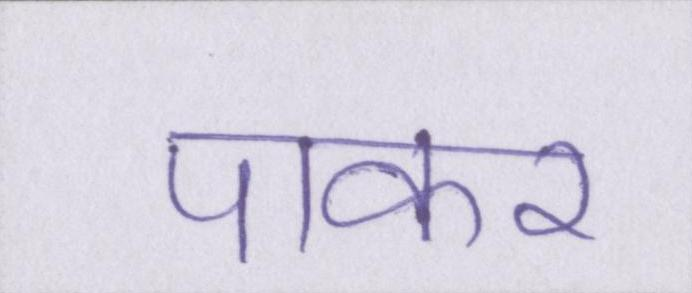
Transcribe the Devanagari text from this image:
पाकर